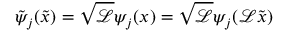
\tilde { \psi } _ { j } ( \tilde { x } ) = \sqrt { \mathcal { L } } \psi _ { j } ( x ) = \sqrt { \mathcal { L } } \psi _ { j } ( \mathcal { L } \tilde { x } )